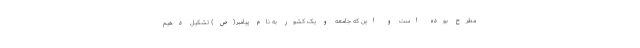
مطرح بوده است و این که جامعه و یک کشور به نام پیامبر(ص) تشکیل دهیم